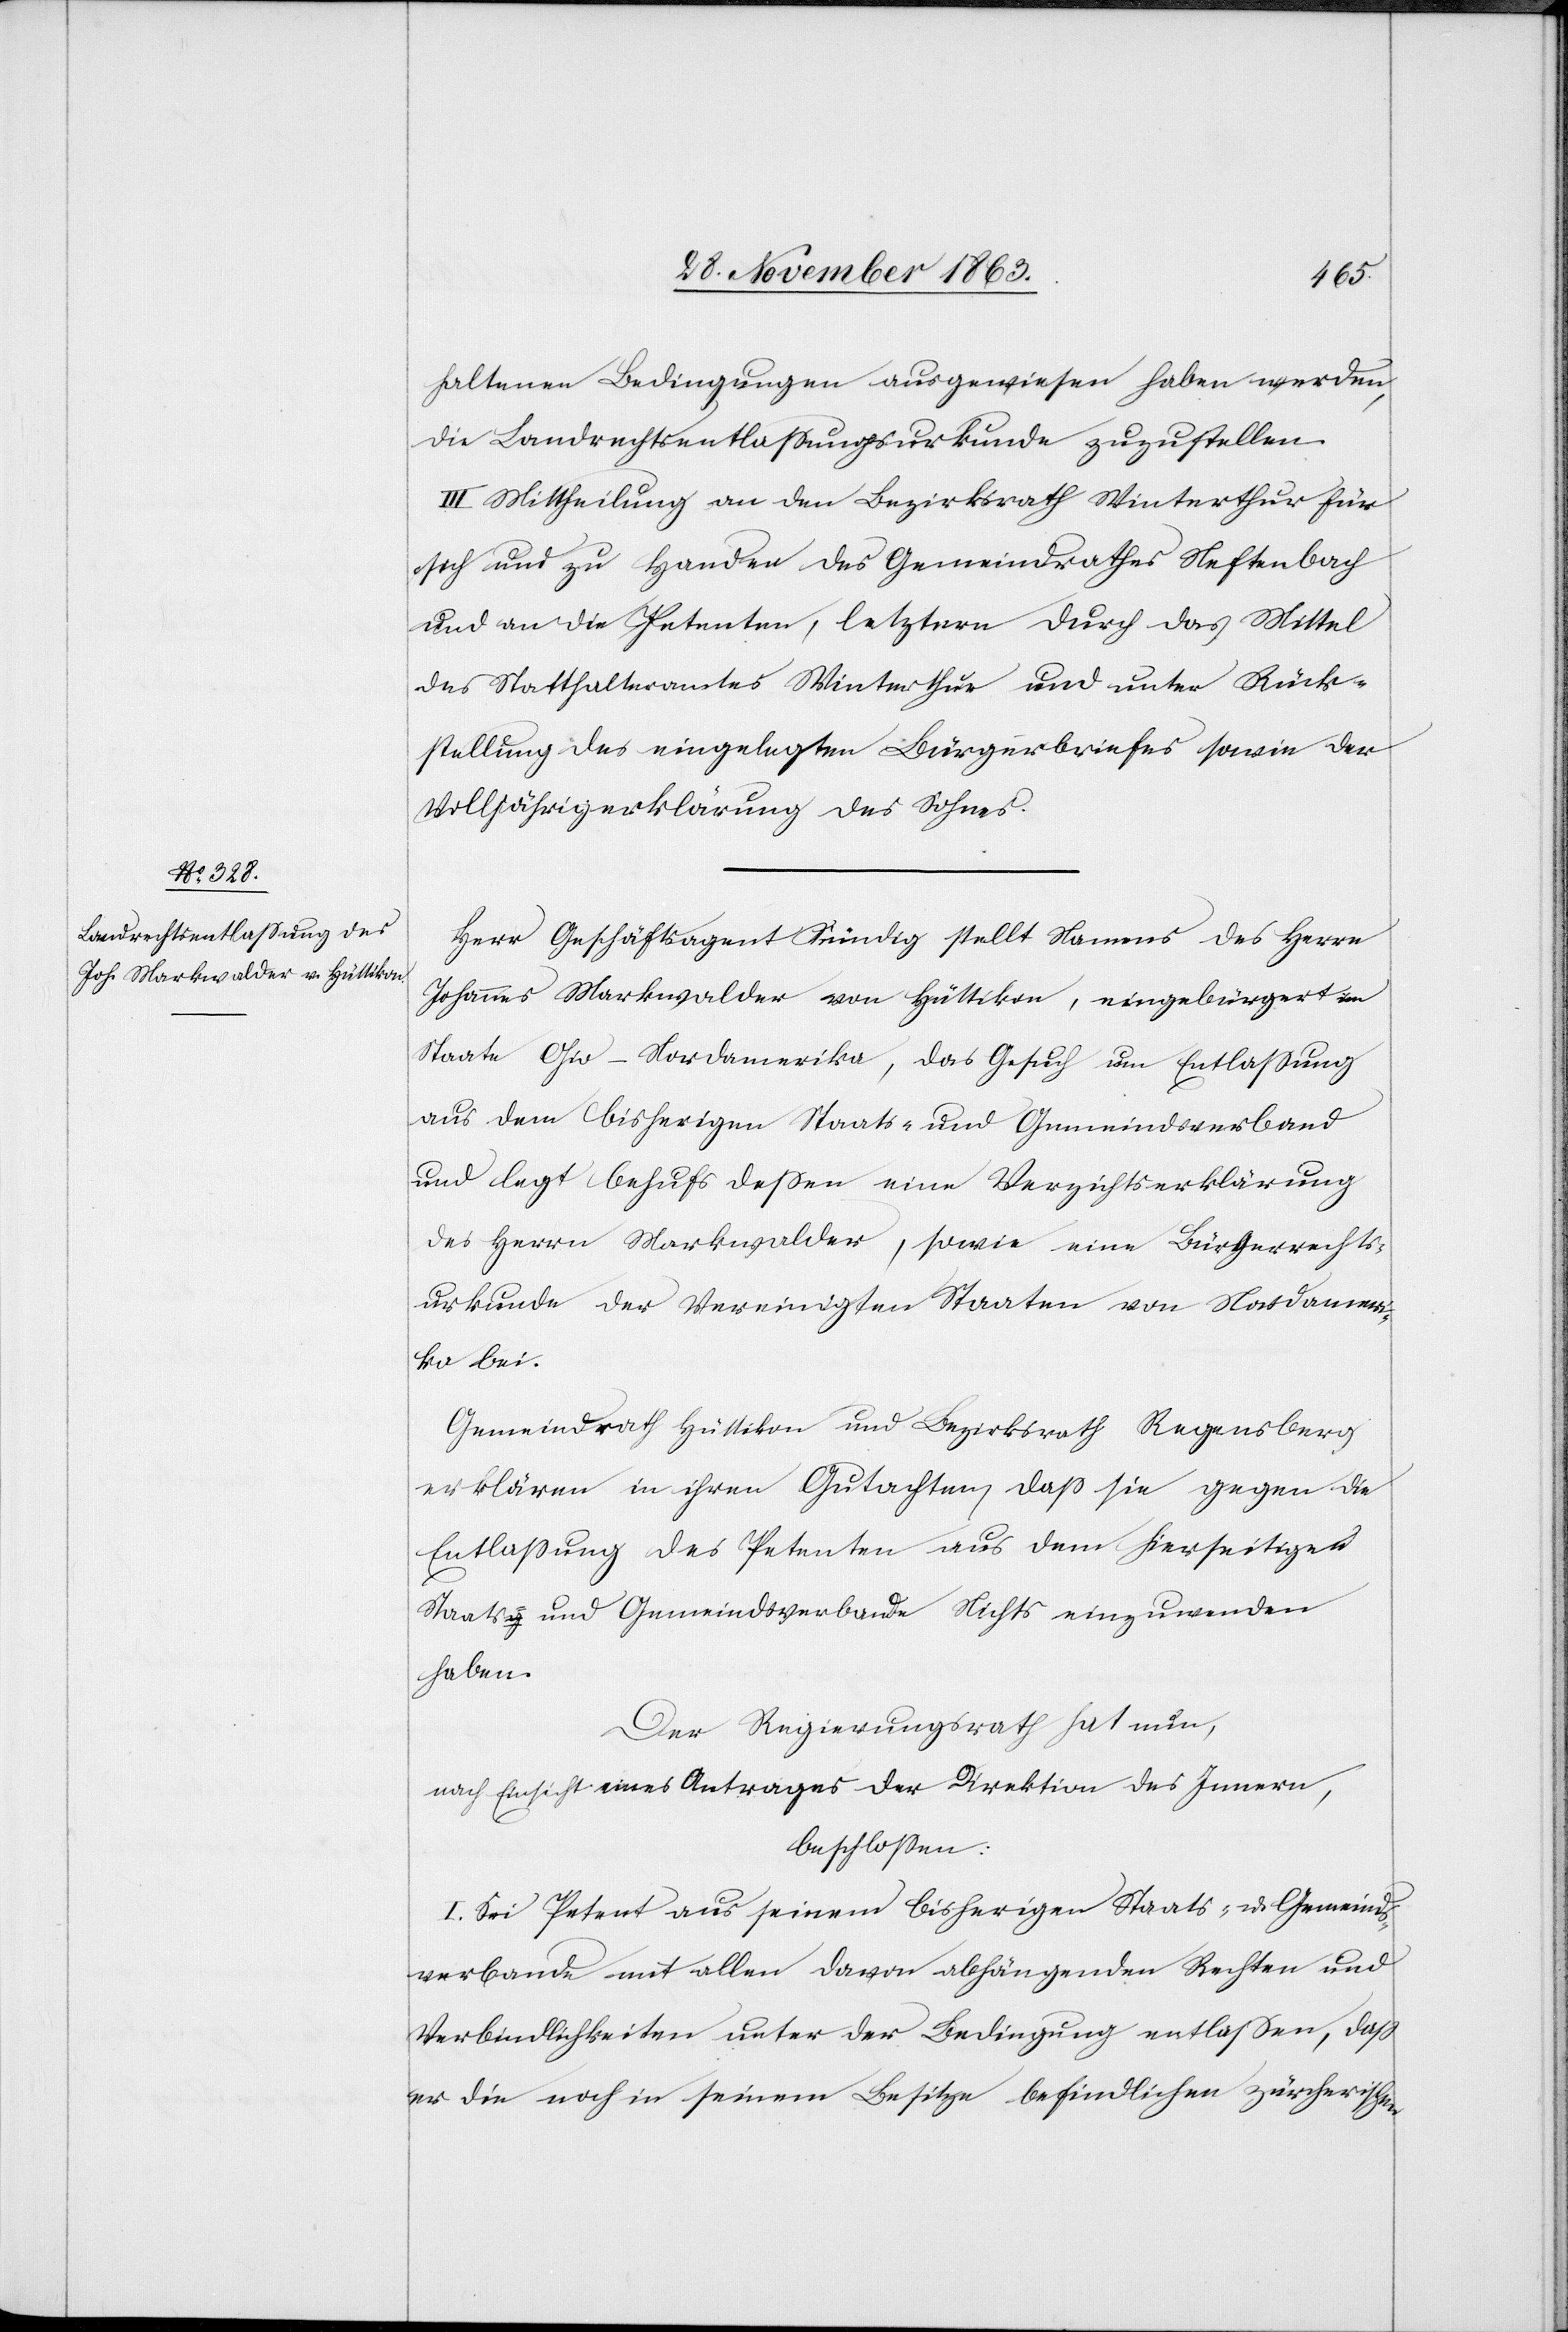
haltenen Bedingungen ausgewiesen haben werden,
die Landrechtsentlassungsurkunde zuzustellen.
III. Mittheilung an den Bezirksrath Winterthur für
sich und zu Handen des Gemeindrathes Neftenbach
und an die Petenten, letztern durch das Mittel
des Statthalteramtes Winterthur und unter Rück¬
stellung des eingelegten Bürgerbriefes sowie der
Volljährigerklärung des Sohnes.
Herr Geschäftsagent Kündig stellt Namens des Herrn
Johannes Markwalder von Hüttikon, eingebürgert im
Staate Ohio-Nordamerika, das Gesuch um Entlassung
aus dem bisherigen Staats- und Gemeindsverband
und legt behufs dessen eine Verzichtserklärung
des Herrn Markwalder, sowie eine Bürgerrechts¬
urkunde der Vereinigten Staaten von Nordamer¬
ika bei.
Gemeindrath Hüttikon und Bezirksrath Regensberg
erklären in ihren Gutachten, dass sie gegen die
Entlassung des Petenten aus dem hierseitigen
Staats- und Gemeindsverbande Nichts einzuwenden
haben.
Der Regierungsrath hat nun,
nach Einsicht eines Antrages der Direktion des Innern,
beschlossen:
I. Sei Petent aus seinem bisherigen Staats- und Gemeinds¬
verbande mit allen davon abhängenden Rechten und
Verbindlichkeiten unter der Bedingung entlassen, dass
er die noch in seinem Besitze befindlichen zürcherischen